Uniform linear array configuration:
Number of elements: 4
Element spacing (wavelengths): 1
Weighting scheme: hann
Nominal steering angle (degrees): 45
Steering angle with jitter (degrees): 46.234
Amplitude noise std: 0.05
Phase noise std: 0.05

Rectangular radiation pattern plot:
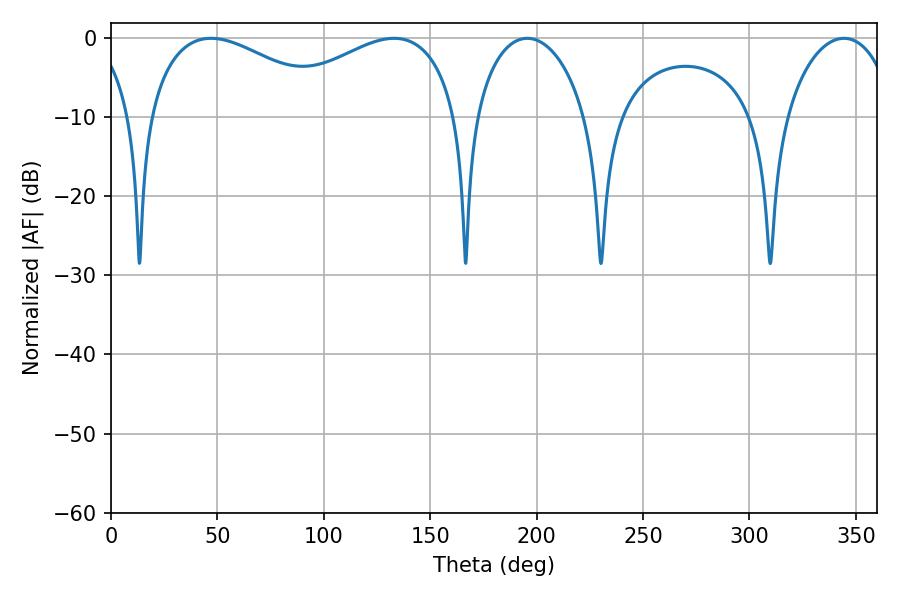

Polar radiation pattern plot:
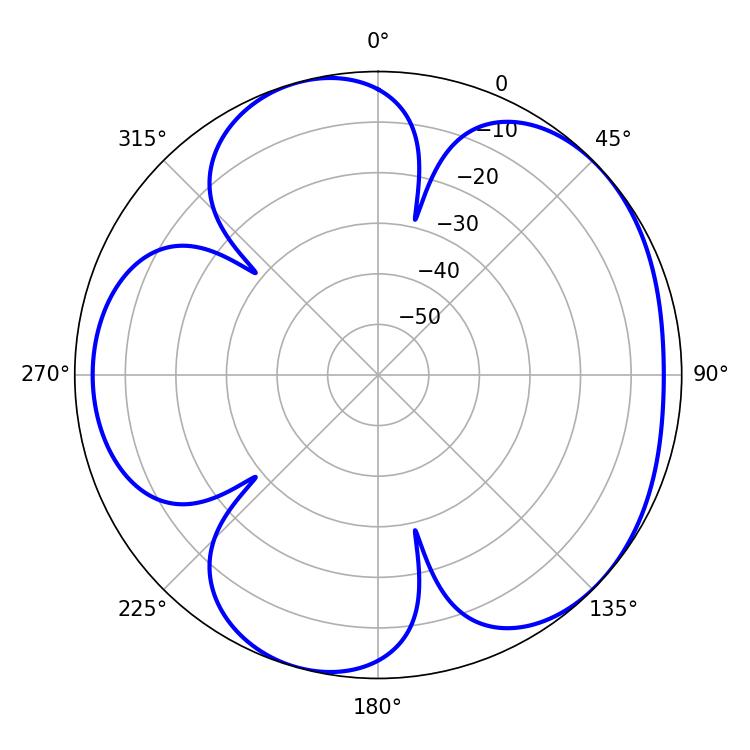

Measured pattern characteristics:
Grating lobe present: TRUE
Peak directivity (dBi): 4.804
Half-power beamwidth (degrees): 50.04
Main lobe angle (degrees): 46.98